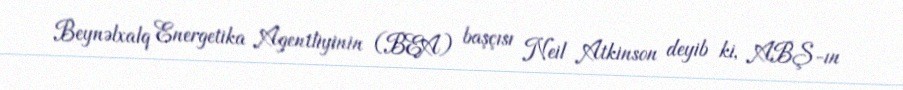
Beynəlxalq Energetika Agentliyinin (BEA) başçısı Neil Atkinson deyib ki, ABŞ-ın